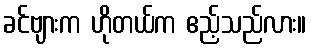
ခင်ဗျားက ဟိုတယ်က ဧည့်သည်လား။